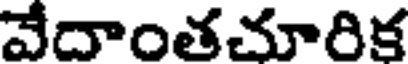
వేదాంతచూరిక